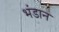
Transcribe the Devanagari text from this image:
भंडान